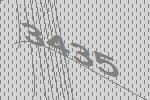
3435